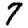
Digit: 7